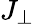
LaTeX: J_{\perp}